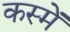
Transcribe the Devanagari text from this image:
कस्में